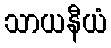
သာယနီယံ